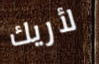
لأريك